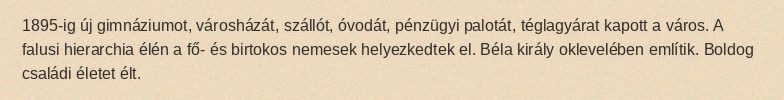
1895-ig új gimnáziumot, városházát, szállót, óvodát, pénzügyi palotát, téglagyárat kapott a város. A falusi hierarchia élén a fő- és birtokos nemesek helyezkedtek el. Béla király oklevelében említik. Boldog családi életet élt.